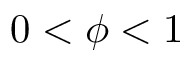
0 < \phi < 1